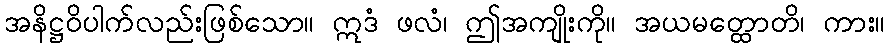
အနိဋ္ဌဝိပါက်လည်းဖြစ်သော။ ဣဒံ ဖလံ၊ ဤအကျိုးကို။ အယမတ္ထောတိ၊ ကား။